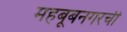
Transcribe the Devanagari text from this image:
महबूबनगरची